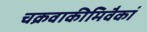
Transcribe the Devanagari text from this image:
चक्रवाकीमिवैकां